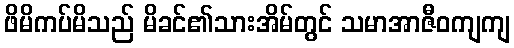
ဖိမိကပ်မိသည် မိခင်၏သားအိမ်တွင် သမာအာဇီဝကျကျ